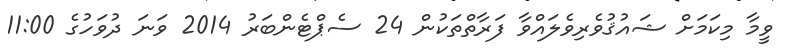
ވީމާ މިކަމަށް ޝައުޤުވެރިވެލައްވާ ފަރާތްތަކުން 24 ސެޕްޓެންބަރު 2014 ވަނަ ދުވަހުގެ 11:00